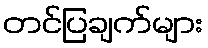
တင်ပြချက်များ